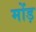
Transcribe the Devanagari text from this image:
मोंड़